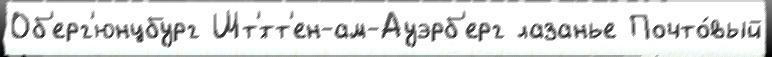
Об'ерг'юнцбург Шт'́тт'ен-ам-Ауэрб'ерг лазанье Почто́вый